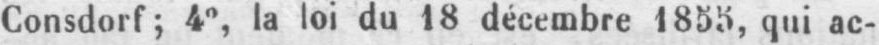
Consdorf; 4°, la loi du 18 décembre 1855, qui ac-